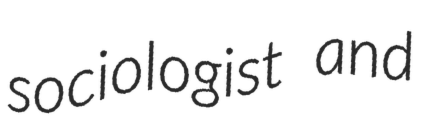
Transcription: sociologist and